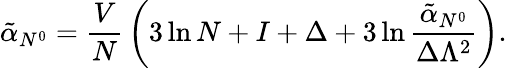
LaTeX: \tilde{\alpha}_{N^{0}}={\frac{V}{N}}\, \biggl(3\ln N+I+\Delta+3\ln{\frac{\tilde{\alpha}_{N^{0}}}{\Delta\Lambda^{2}}}\biggr).